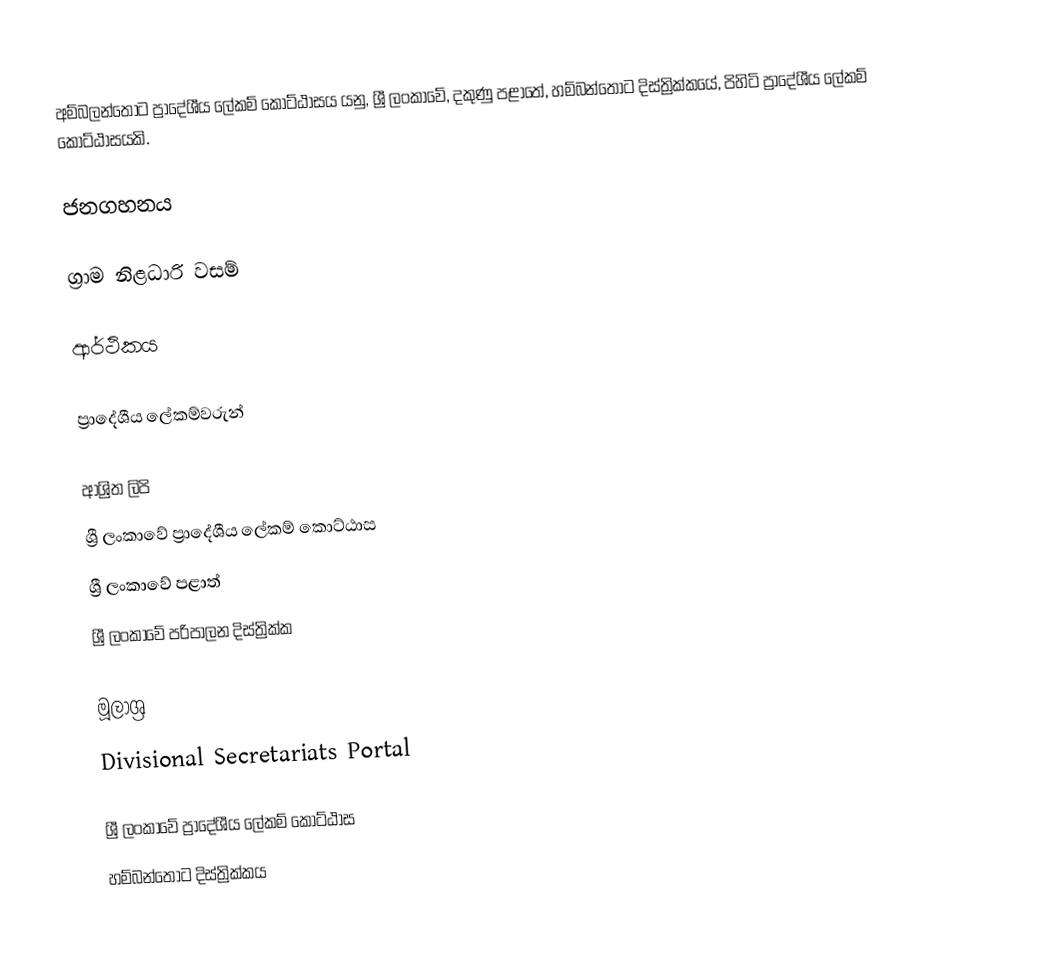
අම්බලන්තොට ප්‍රාදේශීය ලේකම් කොට්ඨාසය යනු,  ශ්‍රී ලංකාවේ, දකුණු පළාතේ,   හම්බන්තොට දිස්ත්‍රික්කයේ, පිහිටි ප්‍රාදේශීය ලේකම් කොට්ඨාසයකි.

ජනගහනය

ග්‍රාම නිළධාරි වසම්

ආර්ථිකය

ප්‍රාදේශීය ලේකම්වරුන්

ආශ්‍රිත ලිපි
ශ්‍රී ලංකාවේ ප්‍රාදේශීය ලේකම් කොට්ඨාස
ශ්‍රී ලංකාවේ පළාත්
ශ්‍රී ලංකාවේ පරිපාලන දිස්ත්‍රික්ක

මූලාශ්‍ර
 Divisional Secretariats Portal

ශ්‍රී ලංකාවේ ප්‍රාදේශීය ලේකම් කොට්ඨාස
හම්බන්තොට දිස්ත්‍රික්කය